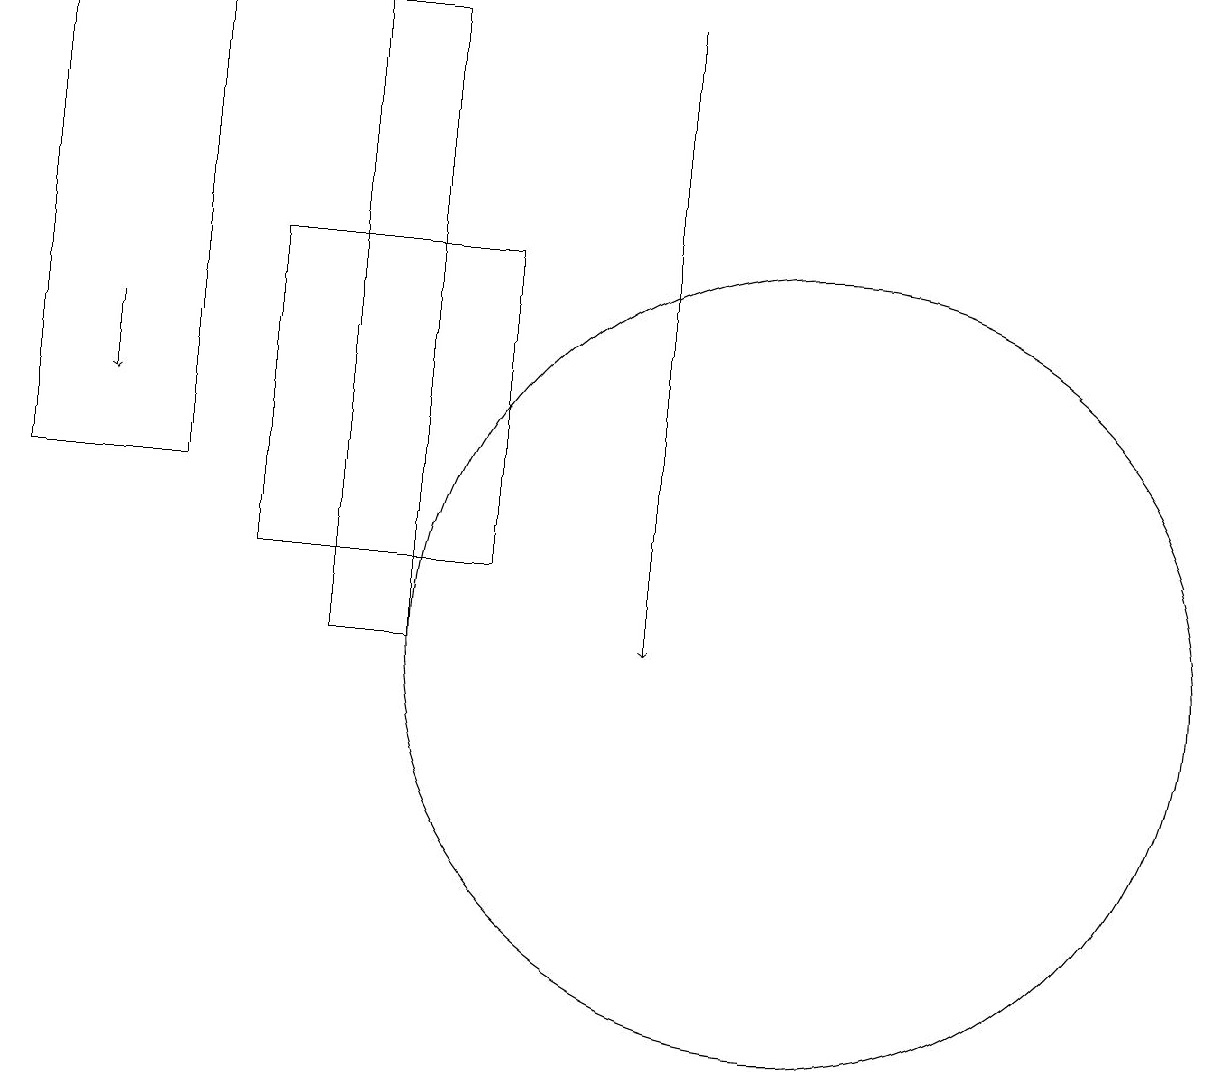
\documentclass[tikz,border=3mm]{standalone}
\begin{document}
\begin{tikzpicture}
\draw[->] (9,18) -- (9,10);
\draw (6,18) rectangle (5,10);
\draw (11,10) circle (5);
\draw (3,18) rectangle (1,12);
\draw[->] (2,14) -- (2,13);
\draw (4,11) rectangle (7,15);
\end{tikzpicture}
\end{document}